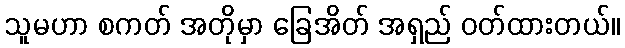
သူမဟာ စကတ် အတိုမှာ ခြေအိတ် အရှည် ဝတ်ထားတယ်။